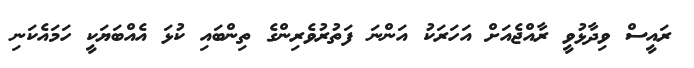
ރައީސް ވިދާޅުވީ ރާއްޖެއަށް އަހަރަކު އަންނަ ފަތުރުވެރިންގެ ތިންބައި ކުޅަ އެއްބަޔަކީ ހަމައެކަނި